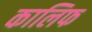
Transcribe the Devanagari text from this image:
कालिफ